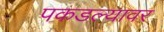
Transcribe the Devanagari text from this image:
पकडल्यावर